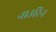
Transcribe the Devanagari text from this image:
नाउरिन